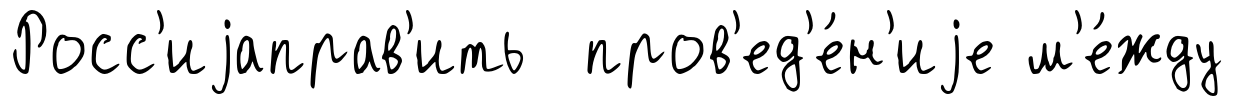
Росс'иjаправ'ить пров'ед'е́н'иjе м'е́жду